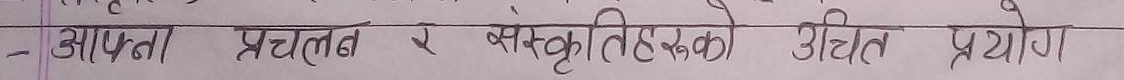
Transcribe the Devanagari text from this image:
- आफ्ना प्रचलन र संस्कृतिहरूको उचित प्रयोग